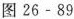
图26-89